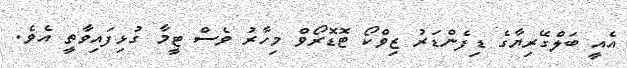
އެއީ ބަލްގޭރިޔާގެ ޑިފެންޑަރު ޒިވްކޯ ޓޮޑޮރޯވް މިހާރު ވެސް ޓީމާ ގުޅިފައިވާތީ އެވެ.